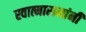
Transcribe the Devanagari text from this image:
स्वात्मारामांनी